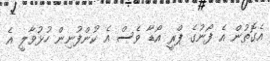
އެގޮތުން އެ ފޯނުގެ ޕްރީ އޯޑާ ވެސް އެ ކުންފުނިން ހުޅުވާލީ އެ